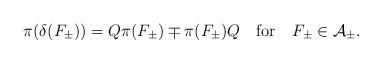
LaTeX: \begin{align*}\pi ( \delta (F_\pm)) = Q \pi (F_\pm) \mp \pi (F_\pm) Q\quad \mbox{for} \quad F_\pm \in {\cal A}_\pm. \end{align*}